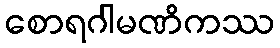
စောရဂါမဏိကဿ